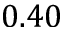
0 . 4 0